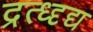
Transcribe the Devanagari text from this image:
द्रत्ध्दृद्य